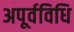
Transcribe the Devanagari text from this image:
अपूर्वविधि